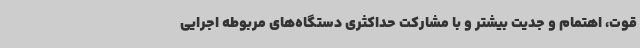
قوت، اهتمام و جدیت بیشتر و با مشارکت حداکثری دستگاه‌های مربوطه اجرایی